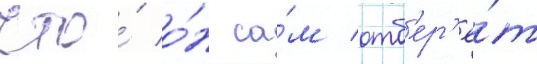
что́ о́н са́м отб'ер'ё́т